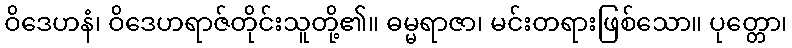
ဝိဒေဟနံ၊ ဝိဒေဟရာဇ်တိုင်းသူတို့၏။ ဓမ္မရာဇာ၊ မင်းတရားဖြစ်သော။ ပုတ္တော၊